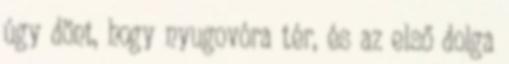
úgy dönt, hogy nyugovóra tér, és az első dolga